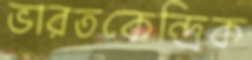
ভারতকেন্দ্রিক